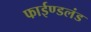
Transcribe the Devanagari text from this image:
फाईण्डलंड